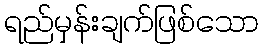
ရည်မှန်းချက်ဖြစ်သော